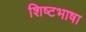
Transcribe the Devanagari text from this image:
शिष्टभाषा